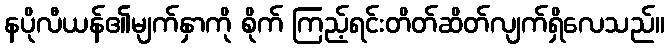
နပိုလီယန်၏မျက်နှာကို စိုက် ကြည့်ရင်းတိတ်ဆိတ်လျက်ရှိလေသည်။